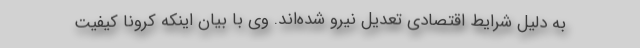
به دلیل شرایط اقتصادی تعدیل نیرو شده‌اند. وی با بیان اینکه کرونا کیفیت